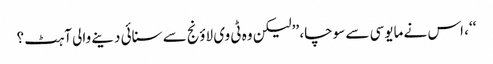
‘‘، اس نے مایوسی سے سوچا، ’’لیکن وہ ٹی وی لاؤنج سے سنائی دینے والی آہٹ ؟